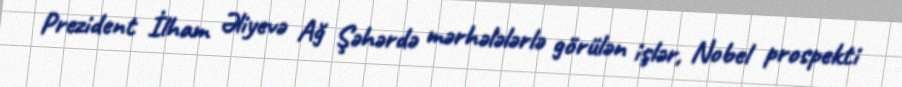
Prezident İlham Əliyevə Ağ Şəhərdə mərhələlərlə görülən işlər, Nobel prospekti